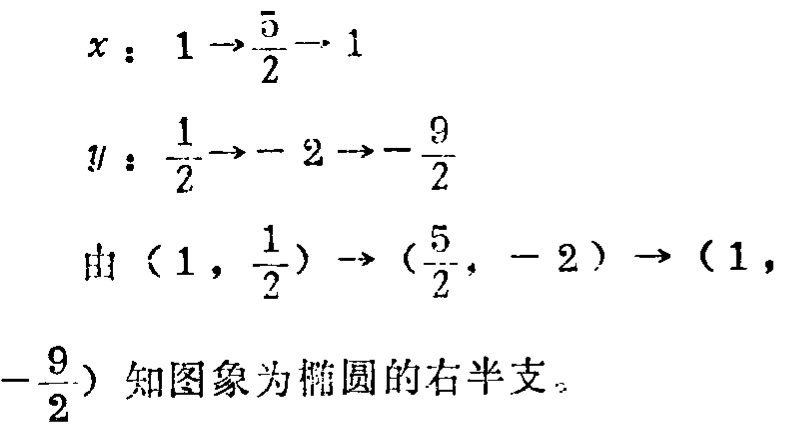
\[
\begin{align*}
x&:1\rightarrow\frac{5}{2}\rightarrow1\\
y&:\frac{1}{2}\rightarrow - 2\rightarrow-\frac{9}{2}\\
\text{由}(1,\frac{1}{2})&\rightarrow(\frac{5}{2}, - 2)\rightarrow(1,-\frac{9}{2})\text{ 知图象为椭圆的右半支。}
\end{align*}
\]